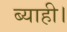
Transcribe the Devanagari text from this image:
ब्याही।